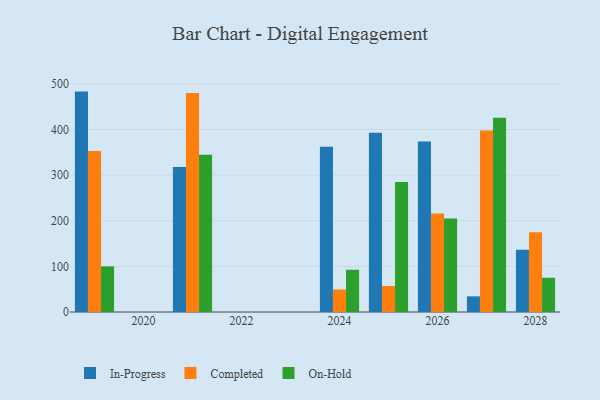
{"axis": {"x": "Year", "y": "LTV (USD)"}, "legend": ["Completed", "In-Progress", "On-Hold"], "data": [{"x": "2027", "y": 34.3, "type": "In-Progress"}, {"x": "2027", "y": 397.8, "type": "Completed"}, {"x": "2027", "y": 425.8, "type": "On-Hold"}, {"x": "2021", "y": 317.6, "type": "In-Progress"}, {"x": "2021", "y": 480.3, "type": "Completed"}, {"x": "2021", "y": 344.5, "type": "On-Hold"}, {"x": "2026", "y": 373.8, "type": "In-Progress"}, {"x": "2026", "y": 215.7, "type": "Completed"}, {"x": "2026", "y": 204.8, "type": "On-Hold"}, {"x": "2019", "y": 483.1, "type": "In-Progress"}, {"x": "2019", "y": 352.9, "type": "Completed"}, {"x": "2019", "y": 100.0, "type": "On-Hold"}, {"x": "2025", "y": 392.8, "type": "In-Progress"}, {"x": "2025", "y": 57.0, "type": "Completed"}, {"x": "2025", "y": 285.0, "type": "On-Hold"}, {"x": "2024", "y": 362.2, "type": "In-Progress"}, {"x": "2024", "y": 49.4, "type": "Completed"}, {"x": "2024", "y": 92.6, "type": "On-Hold"}, {"x": "2028", "y": 136.4, "type": "In-Progress"}, {"x": "2028", "y": 174.9, "type": "Completed"}, {"x": "2028", "y": 75.1, "type": "On-Hold"}]}